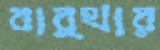
বার্থার